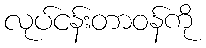
လုပ်ငန်းတာဝန်ကို